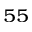
^ { 5 5 }